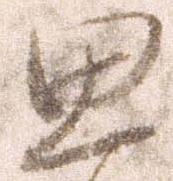
思